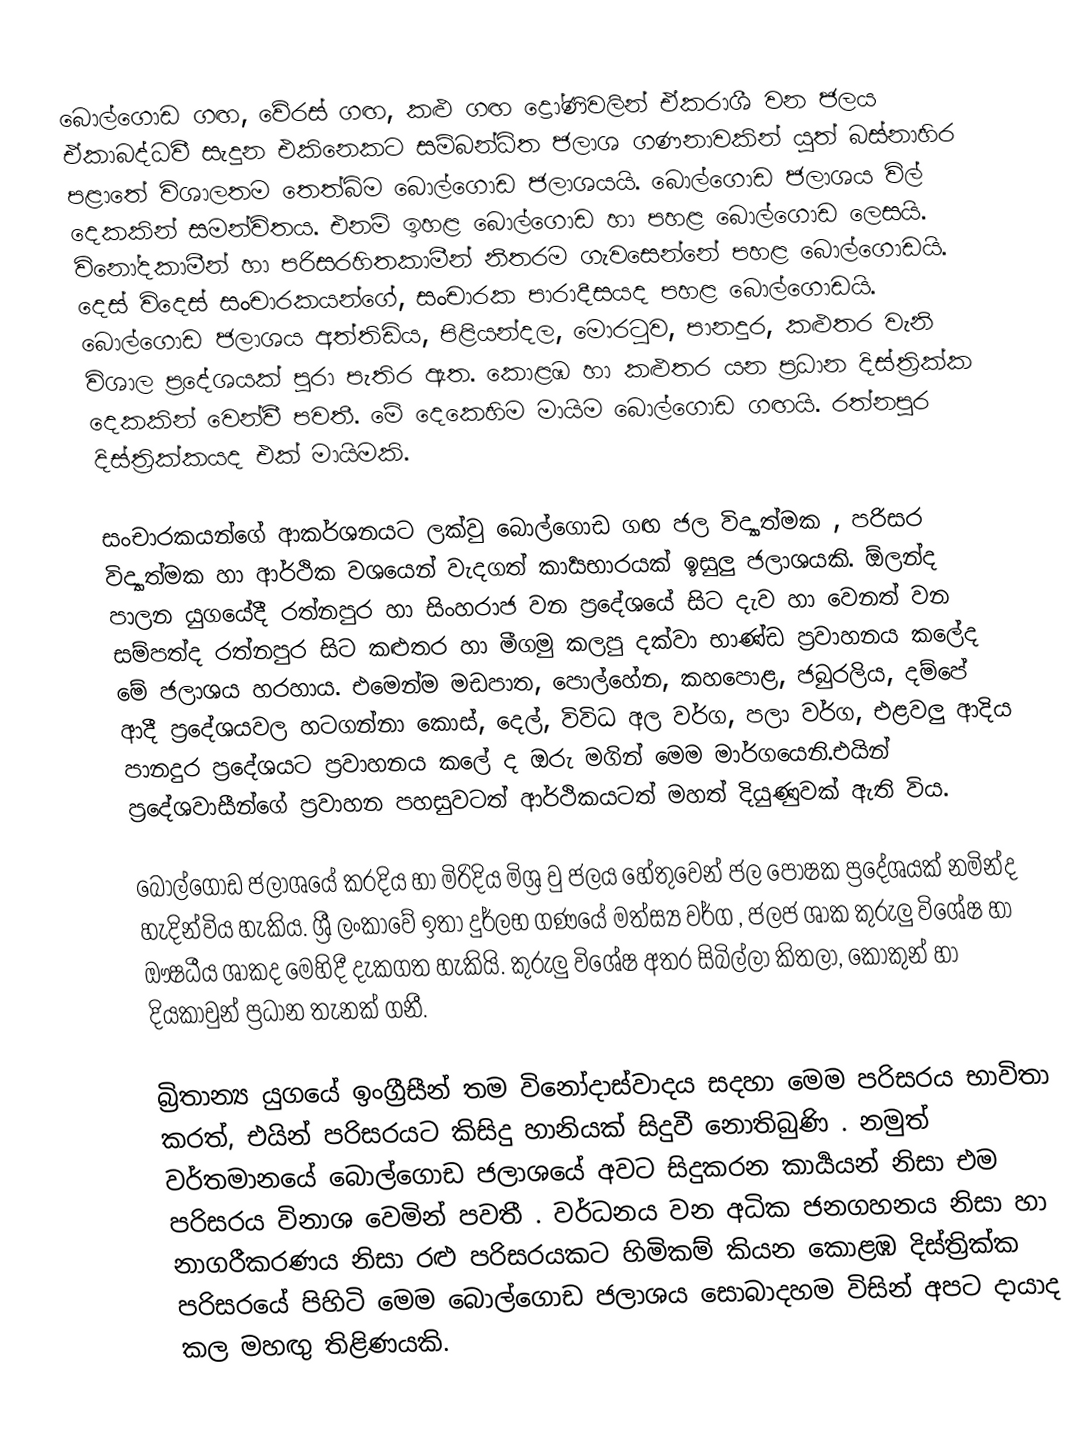
බොල්ගොඩ ගඟ, වේරස් ගඟ, කළු ගඟ ද්‍රෝණිවලින් ඒකරාශී වන ජලය ඒකාබද්ධවී සැදුන එකිනෙකට සම්බන්ධිත ජලාශ ගණනාවකින් යුත් බස්නාහිර පළාතේ විශාලතම තෙත්බිම බොල්ගොඩ ජලාශයයි. බොල්ගොඩ ජලාශය විල් දෙකකින් සමන්විතය. එනම් ඉහළ බොල්ගොඩ හා පහළ බොල්ගොඩ ලෙසයි. විනෝදකාමීන් හා පරිසරහිතකාමීන් නිතරම ගැවසෙන්නේ පහළ බොල්ගොඩයි. දෙස් විදෙස් සංචාරකයන්ගේ, සංචාරක පාරාදීසයද පහළ බොල්ගොඩයි. බොල්ගොඩ ජලාශය අත්තිඩිය, පිළියන්දල, මොරටුව, පානදුර, කළුතර වැනි විශාල ප්‍රදේශයක් පුරා පැතිර ඇත. කොළඹ හා කළුතර යන ප්‍රධාන දිස්ත්‍රික්ක දෙකකින් වෙන්වී පවතී. මේ දෙකෙහිම මායිම බොල්ගොඩ ගඟයි. රත්නපුර දිස්ත්‍රික්කයද එක් මායිමකි.

සංචාරකයන්ගේ ආකර්ශනයට ලක්වු බොල්ගොඩ ගඟ ජල විද්‍යාත්මක , පරිසර විද්‍යාත්මක හා ආර්ථික වශයෙන් වැදගත් කාර්‍යභාරයක් ඉසුලු ජලාශයකි. ඕලන්ද පාලන යුගයේදී රත්නපුර හා සිංහරාජ වන ප්‍රදේශයේ සිට දැව හා වෙනත් වන සම්පත්ද රත්නපුර සිට කළුතර හා මීගමු කලපු දක්වා භාණ්ඩ ප්‍රවාහනය කලේද මේ ජලාශය හරහාය. එමෙන්ම මඩපාත, පොල්හේන, කහපොළ, ජබුරලිය, දම්පේ ආදී ප්‍රදේශයවල හටගන්නා කොස්, දෙල්, විවිධ අල වර්ග, පලා වර්ග, එළවලු ආදිය පානදුර ප්‍රදේශයට ප්‍රවාහනය කලේ ද ඔරු මගින් මෙම මාර්ගයෙනි.එයින් ප්‍රදේශවාසීන්ගේ ප්‍රවාහන පහසුවටත් ආර්ථිකයටත් මහත් දියුණුවක් ඇති විය.

බොල්ගොඩ ජලාශයේ කරදිය හා මිරිදිය මිශ්‍ර වු ජලය හේතුවෙන් ජල පෝෂක ප්‍රදේශයක් නමින්ද හැදින්විය හැකිය. ශ්‍රී ලංකාවේ ඉතා දුර්ලභ ගණයේ මත්ස්‍ය වර්ග , ජලජ ශාක කුරුලු විශේෂ හා ඖෂධීය ශාකද මෙහිදී දැකගත හැකියි. කුරුලු විශේෂ අතර සිබිල්ලා කිතලා, කොකුන් හා දියකාවුන් ප්‍රධාන තැනක් ගනී.

බ්‍රිතාන්‍ය යුගයේ ඉංග්‍රීසීන් තම විනෝදාස්වාදය සදහා මෙම පරිසරය භාවිතා කරත්, එයින් පරිසරයට කිසිදු හානියක් සිදුවී නොතිබුණි . නමුත් වර්තමානයේ බොල්ගොඩ ජලාශයේ අවට සිදුකරන කාර්‍යයන් නිසා එම පරිසරය විනාශ වෙමින් පවතී . වර්ධනය වන අධික ජනගහනය නිසා හා නාගරීකරණය නිසා රළු පරිසරයකට හිමිකම් කියන කොළඹ දිස්ත්‍රික්ක පරිසරයේ පිහිටි මෙම බොල්ගොඩ ජලාශය සොබාදහම විසින් අපට දායාද කල මහඟු තිළිණයකි.